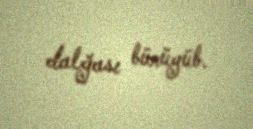
dalğası bürüyüb.